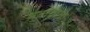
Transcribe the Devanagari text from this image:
मतादाता